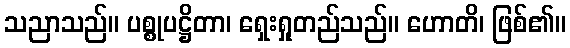
သညာသည်။ ပစ္စုပဋ္ဌိတာ၊ ရှေးရှုတည်သည်။ ဟောတိ၊ ဖြစ်၏။